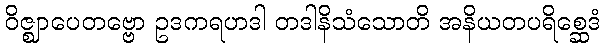
ဝိဇ္ဈာပေတဗ္ဗော ဥဒကရဟဒါ တဒါနိသံသောတိ အနိယတပရိစ္ဆေဒံ